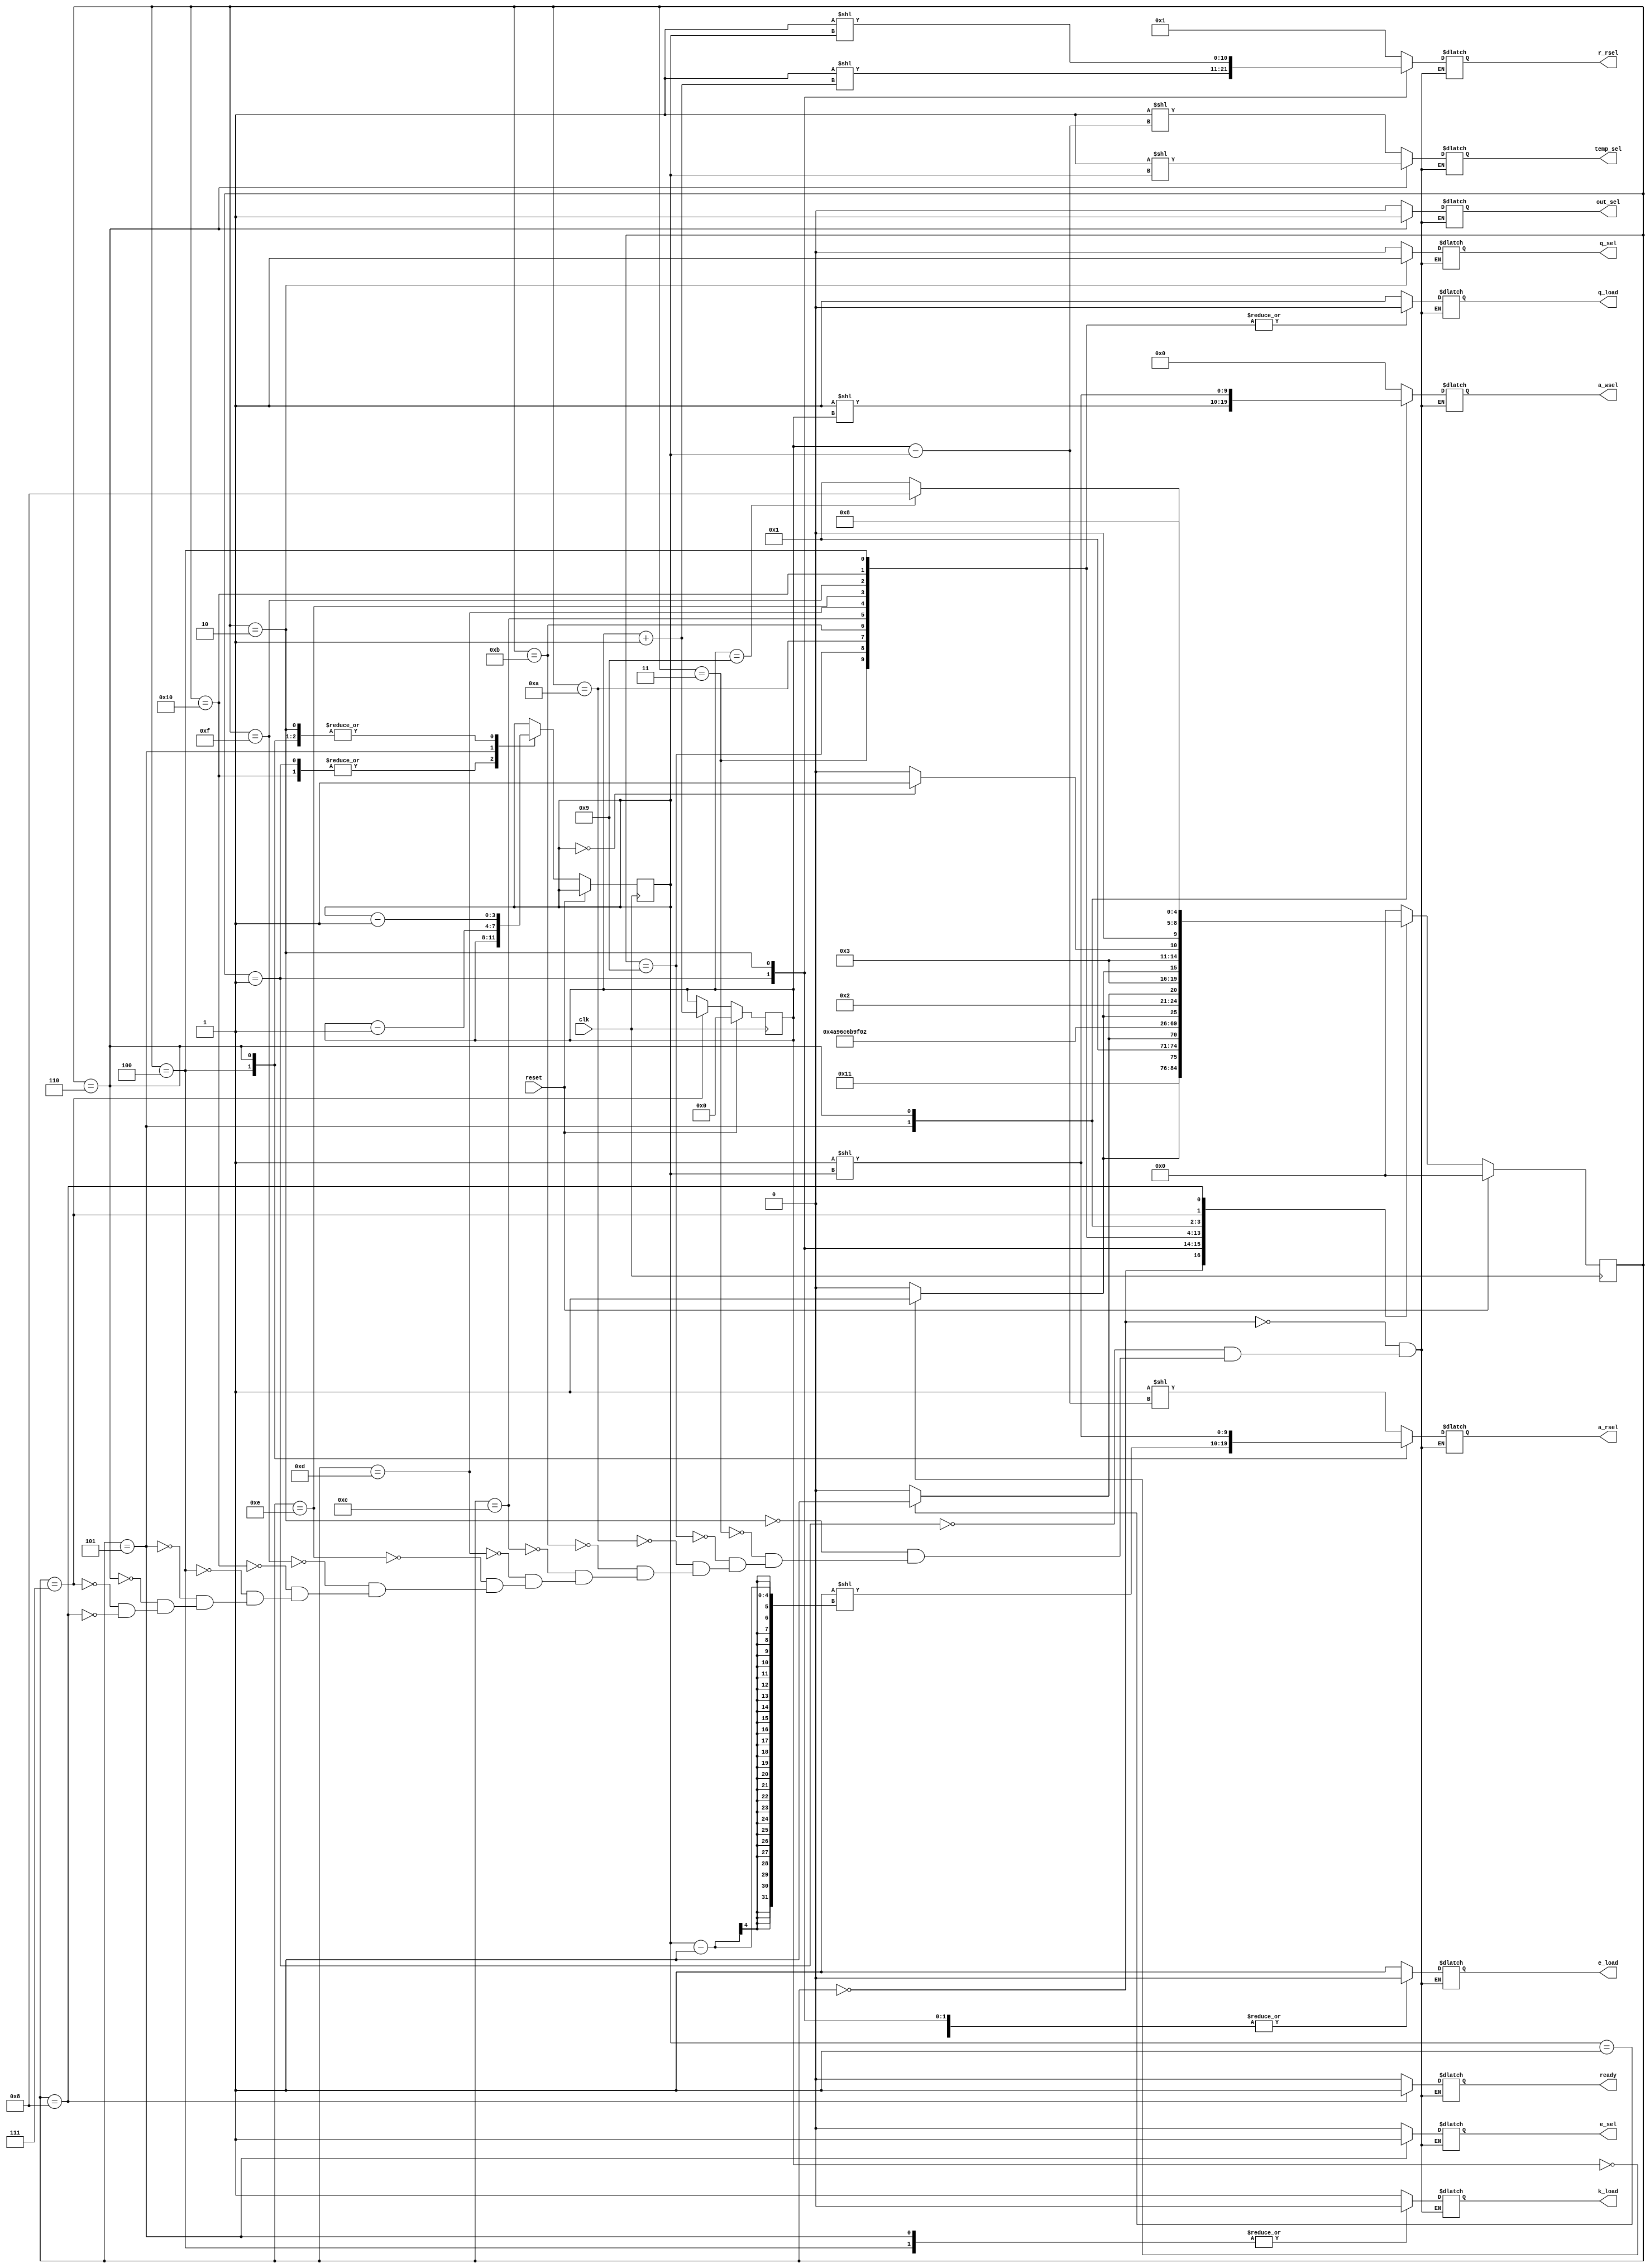
module levinson_control (
        input   wire clk, reset,
        output  wire ready,
        output  wire [10:0] r_rsel,
        output  wire [9:0] a_rsel,
        output  wire [9:0] a_wsel,
        output  wire [8:0] temp_sel,
        output  wire out_sel,
        output  wire e_sel,
        output  wire q_sel,
        output  wire k_load,
        output  wire e_load,
        output  wire q_load
    );

    reg [3:0] i, j;

    // FSM

    reg [4:0] current_state, next_state;

    localparam S_0      = 5'h0;
    localparam S_1      = 5'h1;
    localparam S_2      = 5'h2;
    localparam S_3      = 5'h3;
    localparam S_3_1     = 5'h9;
    localparam S_3_2     = 5'ha;
    localparam S_3_3     = 5'hb;
    localparam S_3_4     = 5'hc;
    localparam S_3_5     = 5'hd;
    localparam S_3_6     = 5'he;
    localparam S_3_7     = 5'hf;
    localparam S_3_8     = 5'h10;
    localparam S_4      = 5'h4;
    localparam S_5      = 5'h5;
    localparam S_6      = 5'h6;
    localparam S_7      = 5'h7;
    localparam S_8      = 5'h8;

    always @(posedge clk) begin
        if (reset) begin
            current_state <= S_0;
        end
        else begin
            current_state <= next_state;
        end
    end

    reg [10:0] int_r_rsel;
    reg [9:0] int_a_rsel;
    reg [9:0] int_a_wsel;
    reg [8:0] int_temp_sel;
    reg int_out_sel;
    reg int_e_sel;
    reg int_q_sel;
    reg int_k_load;
    reg int_e_load;
    reg int_q_load;
    reg int_ready;

    // Next-state logic
    always @* begin
        case (current_state)
            S_0: begin
                next_state = S_1;
            end
            S_1: begin
                if (i == 0) begin
                    next_state = S_3;
                end else begin
                    next_state = S_2;
                end
            end
            S_2: begin
                if (j == 1) begin
                    next_state = S_3;
                end else begin
                    next_state = S_2;
                end
            end
            S_3: begin
                next_state = S_3_1;
            end
            S_3_1: begin
                next_state = S_3_2;
            end
            S_3_2: begin
                next_state = S_3_3;
            end
            S_3_3: begin
                next_state = S_3_4;
            end
            S_3_4: begin
                next_state = S_3_5;
            end
            S_3_5: begin
                next_state = S_3_6;
            end
            S_3_6: begin
                next_state = S_3_7;
            end
            S_3_7: begin
                next_state = S_3_8;
            end
            S_3_8: begin
                if (i == 0) begin
                    next_state = S_5;
                end else begin
                    next_state = S_4;
                end
            end
            S_4: begin
                if (j == 1) begin
                    next_state = S_5;
                end else begin
                    next_state = S_4;
                end
            end
            S_5: begin
                if (i == 0) begin
                    next_state = S_7;
                end else begin
                    next_state = S_6;
                end
            end
            S_6: begin
                if (j == 0) begin
                    next_state = S_7;
                end else begin
                    next_state = S_6;
                end
            end
            S_7: begin
                if (i == 9) begin
                    next_state = S_8;
                end else begin
                    next_state = S_1;
                end
            end
            S_8: begin
                next_state = S_8;
            end
            default: next_state = S_0;
        endcase
    end



    // output logic
    always @* begin
        case (current_state)
            S_0: begin
                int_r_rsel      = 11'h1;
                int_a_rsel      = 10'hx;
                int_a_wsel      = 10'h0;
                int_temp_sel    = 9'hx;
                int_out_sel     = 1'bx;
                int_e_sel       = 1'b0;
                int_q_sel       = 1'bx;
                int_k_load      = 1'bx;
                int_e_load      = 1'b1;
                int_q_load      = 1'bx;
                int_ready       = 1'b0;
            end
            S_1: begin
                int_r_rsel      = 11'b1 << (i + 1'd1);
                int_a_rsel      = 10'hx;
                int_a_wsel      = 10'h0;
                int_temp_sel    = 9'hx;
                int_out_sel     = 1'bx;
                int_e_sel       = 1'bx;
                int_q_sel       = 1'b0;
                int_k_load      = 1'bx;
                int_e_load      = 1'b0;
                int_q_load      = 1'b1;
                int_ready       = 1'b0;
            end
            S_2: begin
                int_r_rsel      = 11'b1 << j;
                int_a_rsel      = 10'b1 << (i-j);
                int_a_wsel      = 10'h0;
                int_temp_sel    = 9'hx;
                int_out_sel     = 1'bx;
                int_e_sel       = 1'bx;
                int_q_sel       = 1'b1;
                int_k_load      = 1'bx;
                int_e_load      = 1'b0;
                int_q_load      = 1'b1;
                int_ready       = 1'b0;
            end
            S_3: begin
                int_r_rsel      = 11'hx;
                int_a_rsel      = 10'hx;
                int_a_wsel      = 10'h0;
                int_temp_sel    = 9'hx;
                int_out_sel     = 1'bx;
                int_e_sel       = 1'bx;
                int_q_sel       = 1'bx;
                int_k_load      = 1'bx;
                int_e_load      = 1'b0;
                int_q_load      = 1'b0;
                int_ready       = 1'b0;
            end
            S_3_1: begin
                int_r_rsel      = 11'hx;
                int_a_rsel      = 10'hx;
                int_a_wsel      = 10'h0;
                int_temp_sel    = 9'hx;
                int_out_sel     = 1'bx;
                int_e_sel       = 1'bx;
                int_q_sel       = 1'bx;
                int_k_load      = 1'bx;
                int_e_load      = 1'b0;
                int_q_load      = 1'b0;
                int_ready       = 1'b0;
            end
            S_3_2: begin
                int_r_rsel      = 11'hx;
                int_a_rsel      = 10'hx;
                int_a_wsel      = 10'h0;
                int_temp_sel    = 9'hx;
                int_out_sel     = 1'bx;
                int_e_sel       = 1'bx;
                int_q_sel       = 1'bx;
                int_k_load      = 1'bx;
                int_e_load      = 1'b0;
                int_q_load      = 1'b0;
                int_ready       = 1'b0;
            end
            S_3_3: begin
                int_r_rsel      = 11'hx;
                int_a_rsel      = 10'hx;
                int_a_wsel      = 10'h0;
                int_temp_sel    = 9'hx;
                int_out_sel     = 1'bx;
                int_e_sel       = 1'bx;
                int_q_sel       = 1'bx;
                int_k_load      = 1'bx;
                int_e_load      = 1'b0;
                int_q_load      = 1'b0;
                int_ready       = 1'b0;
            end
            S_3_4: begin
                int_r_rsel      = 11'hx;
                int_a_rsel      = 10'hx;
                int_a_wsel      = 10'h0;
                int_temp_sel    = 9'hx;
                int_out_sel     = 1'bx;
                int_e_sel       = 1'bx;
                int_q_sel       = 1'bx;
                int_k_load      = 1'bx;
                int_e_load      = 1'b0;
                int_q_load      = 1'b0;
                int_ready       = 1'b0;
            end
            S_3_5: begin
                int_r_rsel      = 11'hx;
                int_a_rsel      = 10'hx;
                int_a_wsel      = 10'h0;
                int_temp_sel    = 9'hx;
                int_out_sel     = 1'bx;
                int_e_sel       = 1'bx;
                int_q_sel       = 1'bx;
                int_k_load      = 1'bx;
                int_e_load      = 1'b0;
                int_q_load      = 1'b0;
                int_ready       = 1'b0;
            end
            S_3_6: begin
                int_r_rsel      = 11'hx;
                int_a_rsel      = 10'hx;
                int_a_wsel      = 10'h0;
                int_temp_sel    = 9'hx;
                int_out_sel     = 1'bx;
                int_e_sel       = 1'bx;
                int_q_sel       = 1'bx;
                int_k_load      = 1'bx;
                int_e_load      = 1'b0;
                int_q_load      = 1'b0;
                int_ready       = 1'b0;
            end
            S_3_7: begin
                int_r_rsel      = 11'hx;
                int_a_rsel      = 10'hx;
                int_a_wsel      = 10'h0;
                int_temp_sel    = 9'hx;
                int_out_sel     = 1'bx;
                int_e_sel       = 1'bx;
                int_q_sel       = 1'bx;
                int_k_load      = 1'bx;
                int_e_load      = 1'b0;
                int_q_load      = 1'b0;
                int_ready       = 1'b0;
            end
            S_3_8: begin
                int_r_rsel      = 11'hx;
                int_a_rsel      = 10'hx;
                int_a_wsel      = 10'h0;
                int_temp_sel    = 9'hx;
                int_out_sel     = 1'bx;
                int_e_sel       = 1'bx;
                int_q_sel       = 1'bx;
                int_k_load      = 1'b1;
                int_e_load      = 1'b0;
                int_q_load      = 1'b0;
                int_ready       = 1'b0;
            end
            S_4: begin
                int_r_rsel      = 11'hx;
                int_a_rsel      = 10'b1 << (j-1);
                int_a_wsel      = 10'h0;
                int_temp_sel    = 9'b1 << (i-j);
                int_out_sel     = 1'bx;
                int_e_sel       = 1'bx;
                int_q_sel       = 1'bx;
                int_k_load      = 1'b0;
                int_e_load      = 1'b0;
                int_q_load      = 1'b0;
                int_ready       = 1'b0;
            end
            S_5: begin
                int_r_rsel      = 11'hx;
                int_a_rsel      = 10'hx;
                int_a_wsel      = 10'b1 << i;
                int_temp_sel    = 9'hx;
                int_out_sel     = 1'b0;
                int_e_sel       = 1'b1;
                int_q_sel       = 1'bx;
                int_k_load      = 1'b0;
                int_e_load      = 1'b1;
                int_q_load      = 1'bx;
                int_ready       = 1'b0;
            end
            S_6: begin
                int_r_rsel      = 11'hx;
                int_a_rsel      = 10'b1 << j;
                int_a_wsel      = 10'b1 << j;
                int_temp_sel    = 9'b1 << j;
                int_out_sel     = 1'b1;
                int_e_sel       = 1'bx;
                int_q_sel       = 1'bx;
                int_k_load      = 1'bx;
                int_e_load      = 1'b0;
                int_q_load      = 1'bx;
                int_ready       = 1'b0;
            end
            S_7: begin
                int_r_rsel      = 11'hx;
                int_a_rsel      = 10'hx;
                int_a_wsel      = 10'h0;
                int_temp_sel    = 9'hx;
                int_out_sel     = 1'bx;
                int_e_sel       = 1'bx;
                int_q_sel       = 1'bx;
                int_k_load      = 1'bx;
                int_e_load      = 1'b0;
                int_q_load      = 1'bx;
                int_ready       = 1'b0;
            end
            S_8: begin
                int_r_rsel      = 11'hx;
                int_a_rsel      = 10'hx;
                int_a_wsel      = 10'h0;
                int_temp_sel    = 9'hx;
                int_out_sel     = 1'bx;
                int_e_sel       = 1'bx;
                int_q_sel       = 1'bx;
                int_k_load      = 1'bx;
                int_e_load      = 1'bx;
                int_q_load      = 1'bx;
                int_ready       = 1'b1;
            end
        endcase
    end


    always @(posedge clk) begin
        if (reset) begin
            i <= 0;
        end
        else case (current_state)
            S_1: begin
                j <= i;
            end
            S_2: begin
                j <= j-4'd1;
            end
            S_3_8: begin
                j <= i;
            end
            S_4: begin
                j <= j-4'd1;
            end
            S_5: begin
                j <= i-4'd1;
            end
            S_6: begin
                j <= j-4'd1;
            end
            S_7: begin
                i <= i+4'd1;
            end
        endcase
    end

    assign r_rsel = int_r_rsel;
    assign a_rsel = int_a_rsel;
    assign a_wsel = int_a_wsel;
    assign temp_sel = int_temp_sel;
    assign out_sel = int_out_sel;
    assign e_sel = int_e_sel;
    assign q_sel = int_q_sel;
    assign k_load = int_k_load;
    assign e_load = int_e_load;
    assign q_load = int_q_load;
    assign ready = int_ready;


endmodule